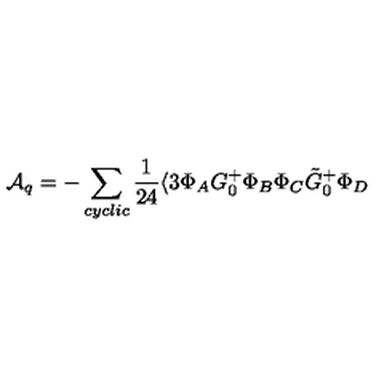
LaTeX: { \cal A } _ { q } = - \sum _ { c y c l i c } \frac { 1 } { 2 4 } \langle 3 \Phi _ { A } G _ { 0 } ^ { + } \Phi _ { B } \Phi _ { C } \tilde { G } _ { 0 } ^ { + } \Phi _ { D }